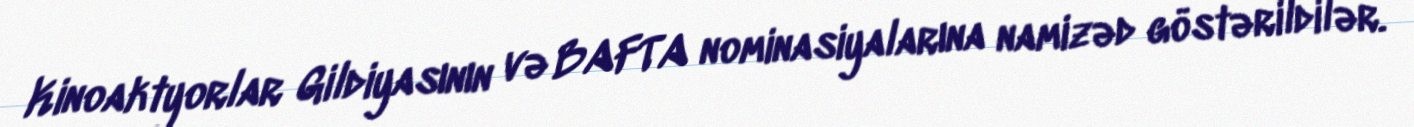
Kinoaktyorlar Gildiyasının və BAFTA nominasiyalarına namizəd göstərildilər.